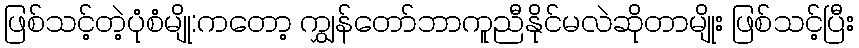
ဖြစ်သင့်တဲ့ပုံစံမျို:ကတော့ ကျွှန်တော်ဘာကူညီနိုင်မလဲဆိုတာမျိုး ဖြစ်သင့်ပြီး